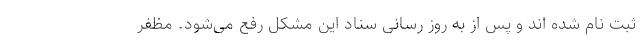
ثبت نام شده اند و پس از به روز رسانی سناد این مشکل رفع می‌شود. مظفر